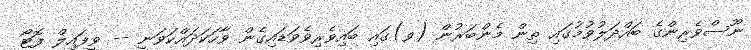
ނޫސްވެރިންގެ ބައްދަލުވުމުގައި ތިން މެންބަރުން (ވ)ގައި ބައިވެރިވެވަޑައިގެން ވާހަކަދައްކަވަނީ -- ވީފައިލް ފޮޓޯ